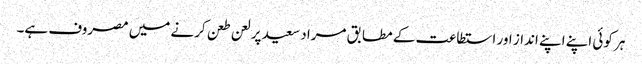
ہر کوئی اپنے اپنے انداز اور استطاعت کے مطابق مراد سعید پر لعن طعن کرنے میں مصروف ہے۔